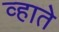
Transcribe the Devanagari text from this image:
व्हाते